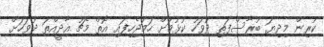
ކުރިން މިދިޔަ ބުރާސްފަތި ދުވަހު ކުޅުމަށް ހަމަޖެހިފައި އޮތް މެޗު އާދީއްތަ ދުވަހަށް